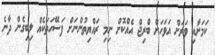
ކަމަށާއި ވަރަށް އަވަހަށް ބްރިޖް އެއްކޮށް ނިމި ރައްޔިތުންނަށް ފަސޭހަތަކެއް ލިބިގެން ދާނެ